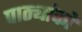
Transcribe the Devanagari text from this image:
पाठ्यांको